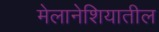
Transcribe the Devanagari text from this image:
मेलानेशियातील